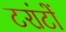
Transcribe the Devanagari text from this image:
टरांटों